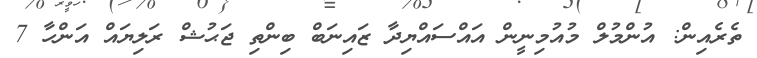
ތެރެއިން: އުންމުލް މުއުމިނީން އައްސައްޔިދާ ޒައިނަބް ބިންތި ޖަޙުޝް ރަލިޔައް އަންހާ 7